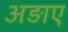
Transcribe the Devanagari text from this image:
अड़ाए